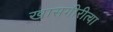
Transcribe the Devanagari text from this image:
खासगीरीत्या